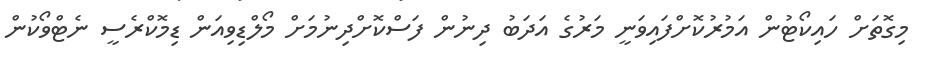
މިގޮތަށް ހައިކޯޓުން އަމުރުކޮށްފައިވަނީ މަރުގެ އަދަބު ދިނުން ފަސްކޮށްދިނުމަށް މޯލްޑިވިއަން ޑިމޮކްރެސީ ނެޓްވޯކުން